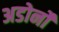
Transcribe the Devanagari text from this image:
अडोर्नो